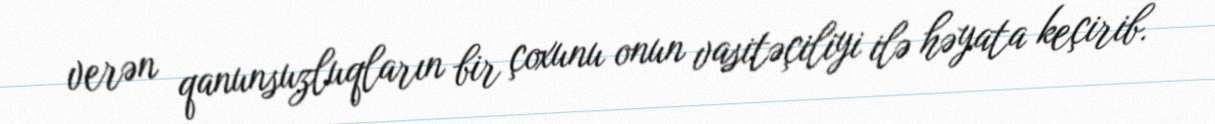
verən qanunsuzluqların bir çoxunu onun vasitəçiliyi ilə həyata keçirib.